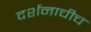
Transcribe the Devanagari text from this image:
दर्शनाचीच